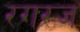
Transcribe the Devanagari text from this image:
रगरज